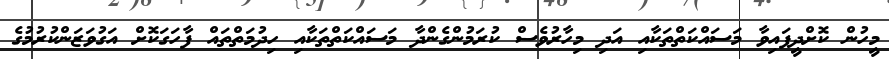
މީހުން ކޮށްދީފައިވާ މަސައްކަތްތަކާއި އަދި މިހާރުވެސް ކުރަމުންގެންދާ މަސައްކަތްތަކާއި ހިދުމަތްތައް ފާހަގަކޮށް އަގުވަޒަންކުރުމުގެ